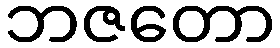
ဘဇတော